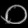
Digit: ၀